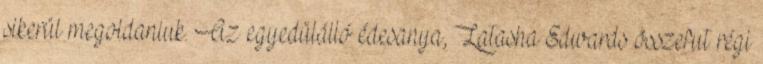
sikerül megoldaniuk. Az egyedülálló édesanya, Latasha Edwards összefut régi